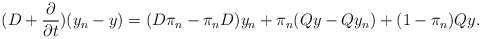
\begin{align*} (D + \frac{\partial}{\partial t} ) (y_n - y) = ( D \pi_n - \pi_n D ) y_n + \pi_n (Q y - Q y_n ) + (1 - \pi_n ) Q y . \end{align*}